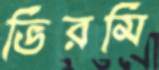
ভিরমি